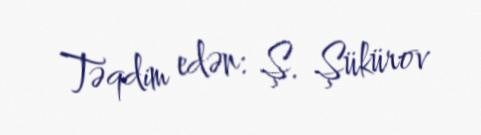
Təqdim edən: Ş. Şükürov